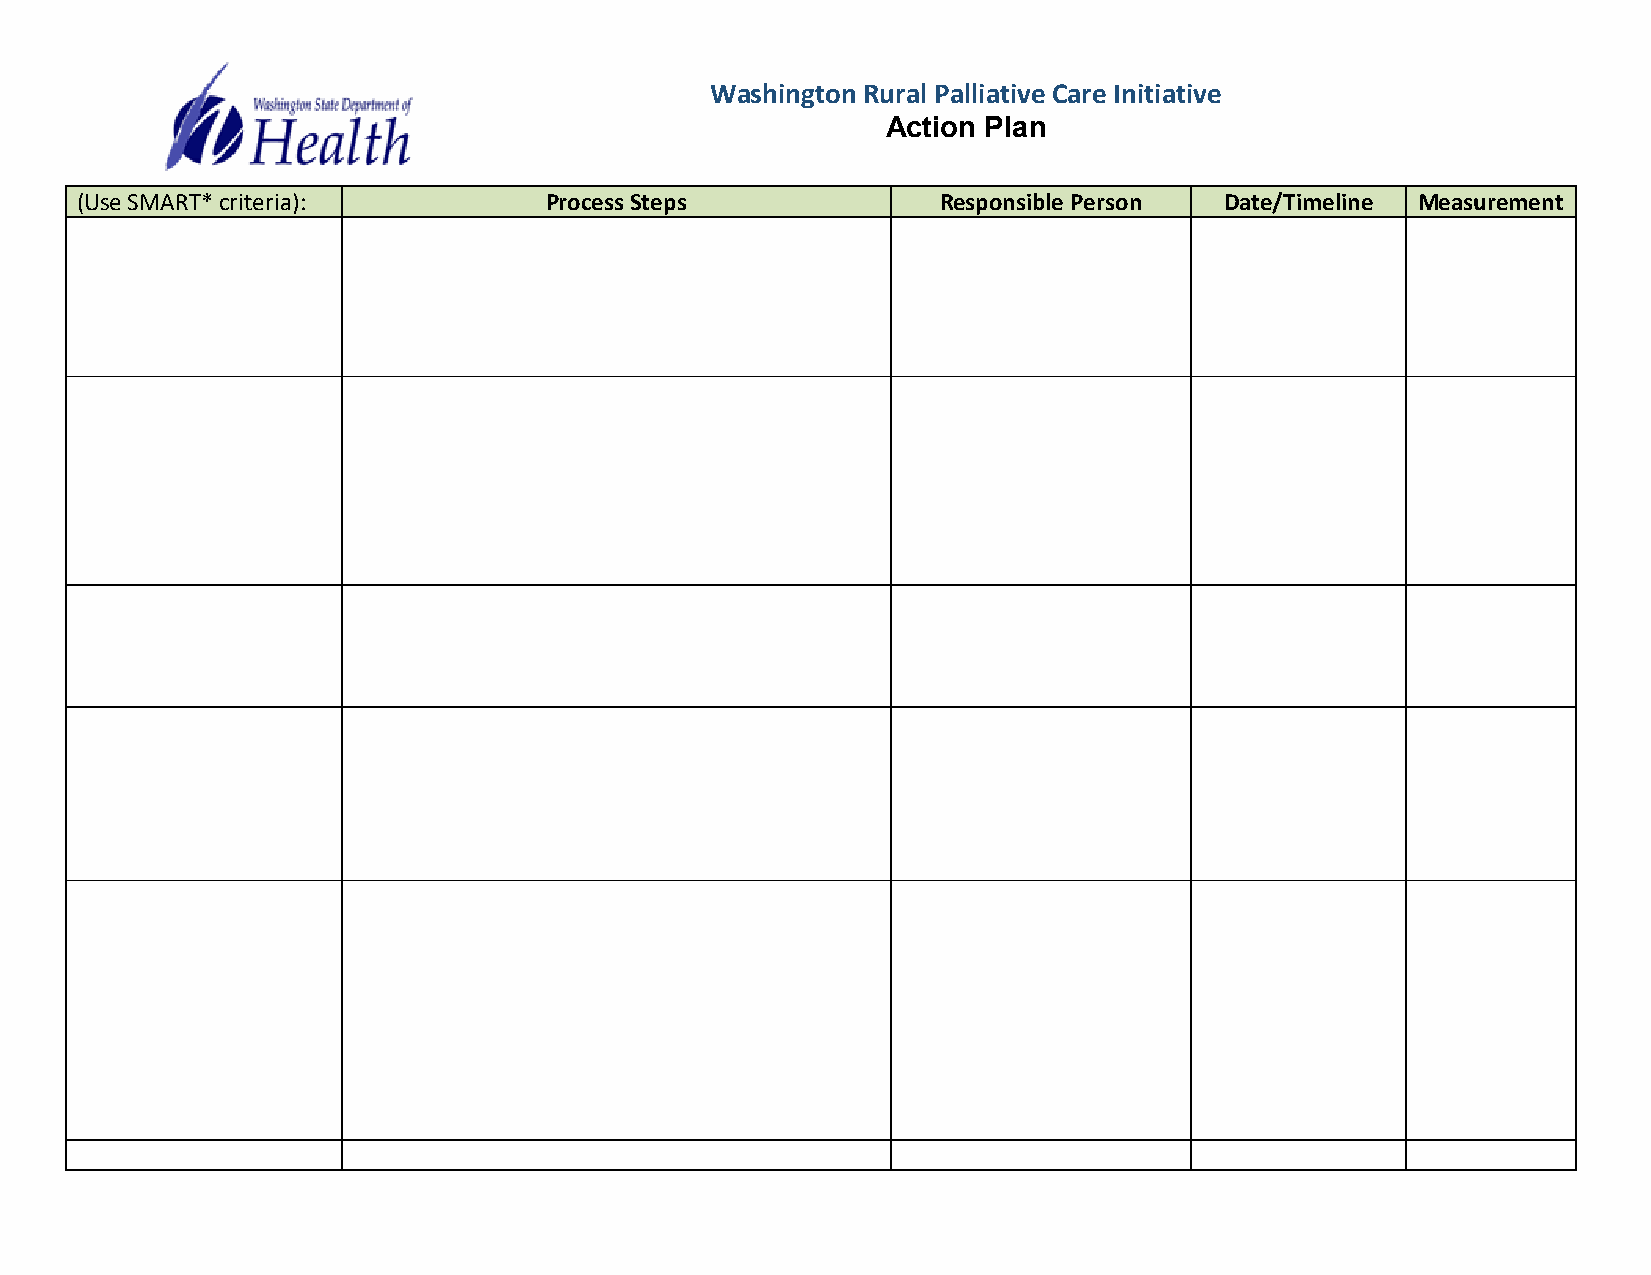
Washington Rural Palliative Care Initiative
 Action Plan
 (Use SMART* criteria):         Process Steps             Responsible Person Date/Timeline Measurement